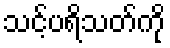
သင့်ပရိသတ်ကို